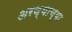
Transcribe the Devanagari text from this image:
अरण्याच्या